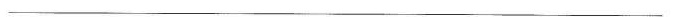
___